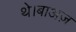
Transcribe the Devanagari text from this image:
थे।बाअज़